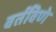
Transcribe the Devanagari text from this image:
वर्तविणे